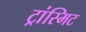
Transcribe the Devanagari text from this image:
ट्रांस्मिट